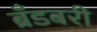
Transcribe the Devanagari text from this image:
ब्रँडबरी